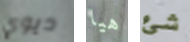
ديوي هيا شئ